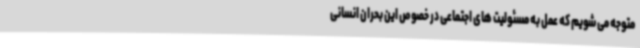
متوجه می شویم که عمل به مسئولیت های اجتماعی در خصوص این بحران انسانی